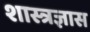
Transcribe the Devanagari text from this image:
शास्त्रज्ञास